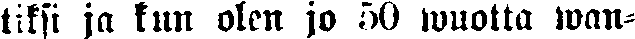
tiksi ja kun olen jo 50 wuotta wan-